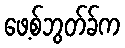
ဖေ့စ်ဘွတ်ခ်က